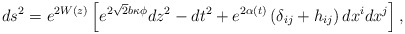
\begin{align*}ds^{2} = e^{2 W(z)} \left[e^{2 \sqrt{2} b \kappa \phi}dz^2 - dt^{2} + e^{2 \alpha(t)}\left( \delta_{ij} + h_{ij}\right) dx^{i} dx^{j}\right],\end{align*}